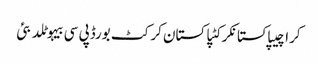
کراچیپاکستانکرکٹپاکستان کرکٹ بورڈپی سی بیہوٹلدبئی